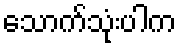
သောက်သုံးပါက